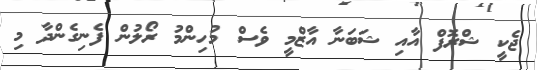
ޖެކީ ޝްރޮފް އާއި ޝަބަނާ އާޒްމީ ވެސް މުހިންމު ރޯލުން ފެނިގެންދާ މި